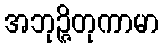
အဘုဉ္ဇိတုကာမာ